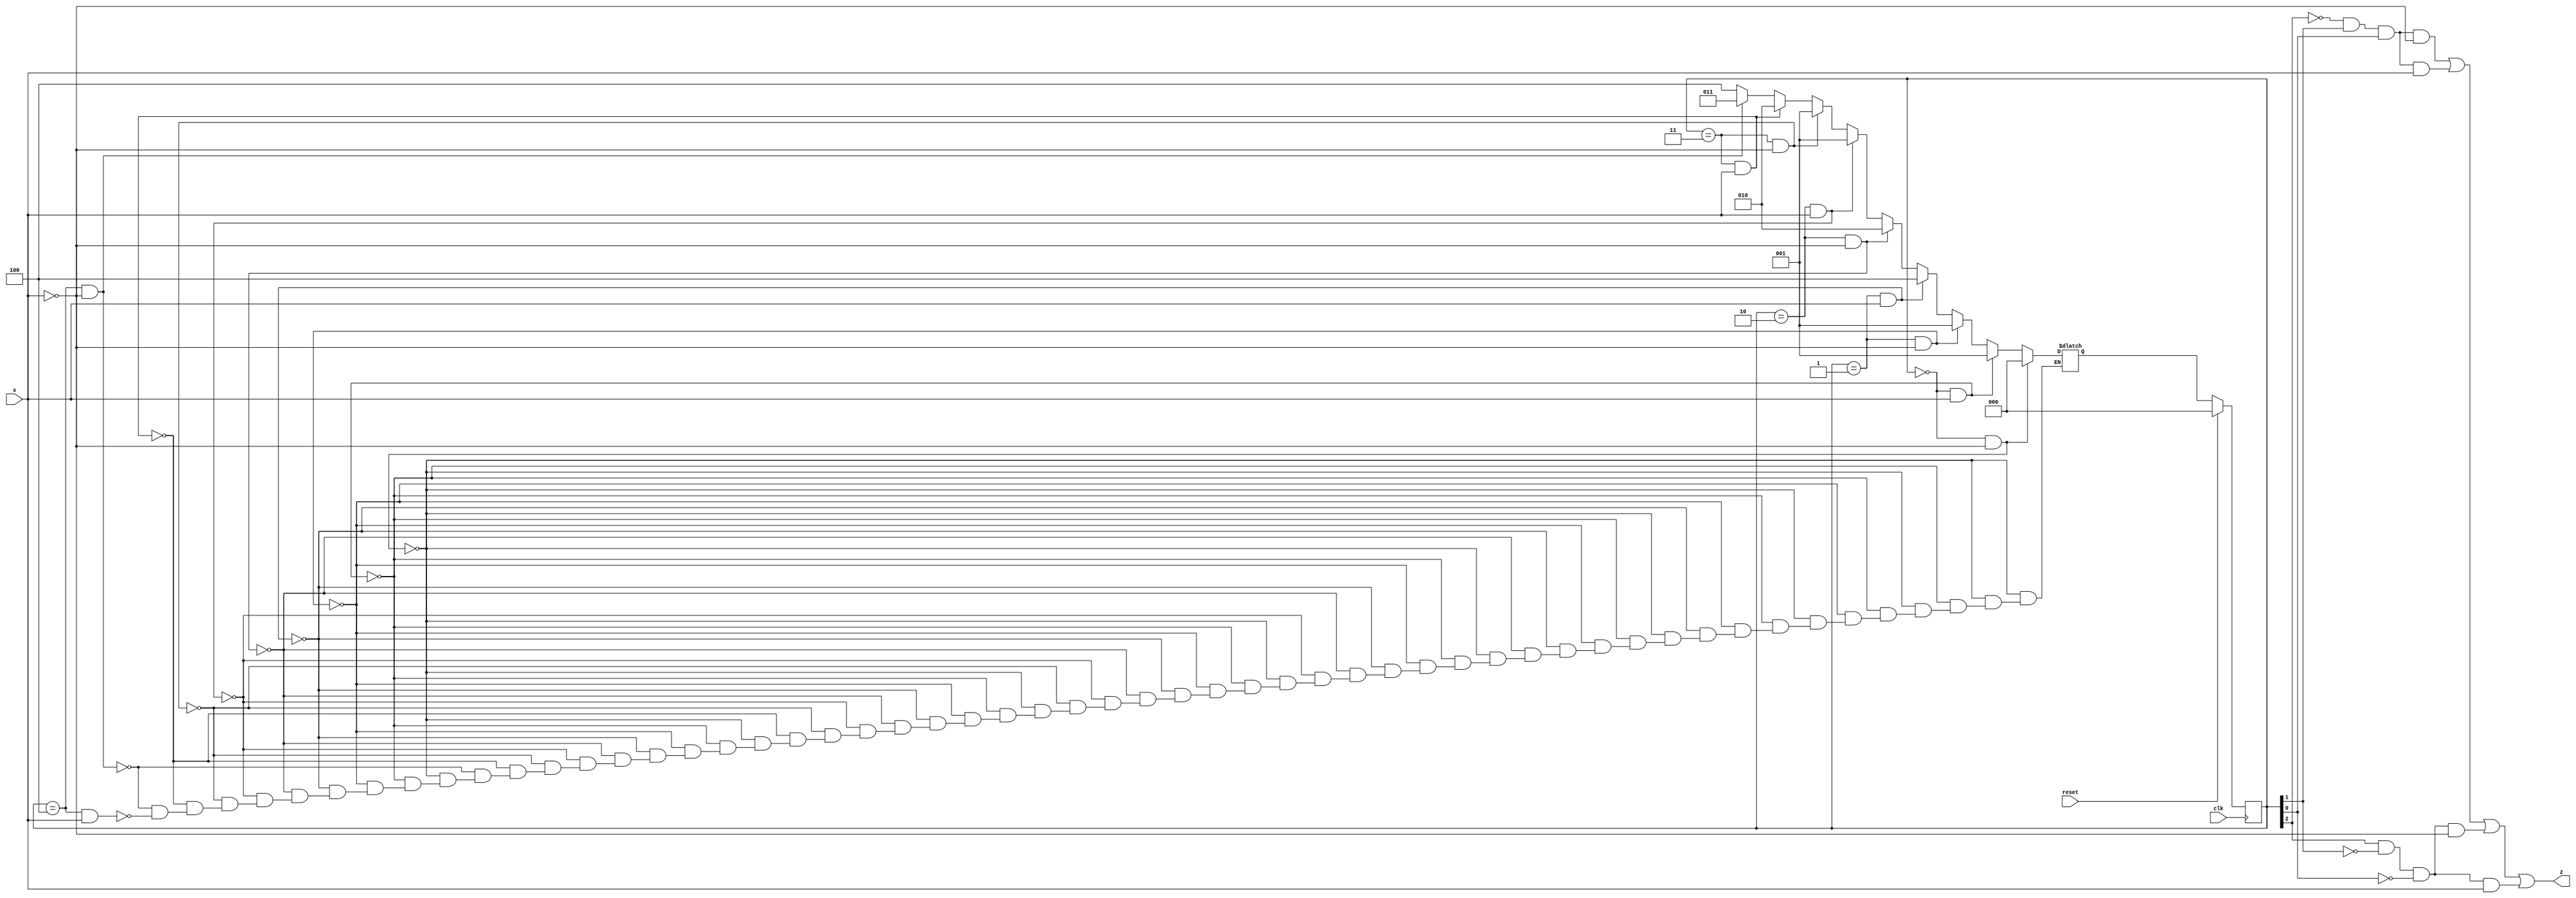
/*Given the state-assigned table shown below, implement the finite-state machine. Reset should reset the FSM to state 000.

Present state
y[2:0]	Next state Y[2:0]	Output z
x=0	x=1
000	000	001	0
001	001	100	0
010	010	001	0
011	001	010	1
100	011	100	1
*/
module top_module (
    input clk,
    input reset,   // Synchronous reset
    input x,
    output z
);
parameter sa=3'b000,sb=3'b001,sc=3'b010,sd=3'b011,se=3'b100;
    reg [2:0]state,next_state;
    always@(*)
        begin       
            if(state==sa && x==0)
                next_state=sa;
            else if(state==sa && x==1)
                next_state=sb;
            else if(state==sb && x==0)
                next_state=sb;
            else if(state==sb && x==1)
                next_state=se;
            else if(state==sc && x==0)
                next_state=sc;
            else if(state==sc && x==1)
                next_state=sb;
            else if(state==sd && x==0)
                next_state=sb;
            else if(state==sd && x==1)
                next_state=sc;
            else if(state==se && x==0)
                next_state=sd;
            else if(state==se && x==1)
                next_state=se;          
            end
    always@(posedge clk)
        begin
            if(reset)
                state=sa;
            else
                state<=next_state;
        end
    assign z= (~state[2]&state[1]&state[0]&~x)|(~state[2]&state[1]&state[0]&x)|(state[2]&~state[1]&~state[0]&~x)|(state[2]&~state[1]&~state[0]&x);
            
endmodule